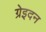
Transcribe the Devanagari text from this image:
ग्रेइदन